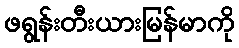
ဖရွန်းတီးယားမြန်မာကို